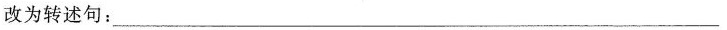
”改为转述句：___